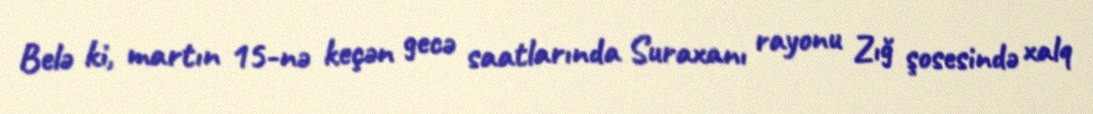
Belə ki, martın 15-nə keçən gecə saatlarında Suraxanı rayonu Zığ şosesində xalq